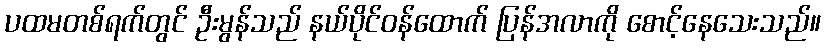
ပထမတစ်ရက်တွင် ဦးမွန်သည် နယ်ပိုင်ဝန်ထောက် ပြန်အလာကို စောင့်နေသေးသည်။